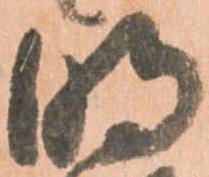
明